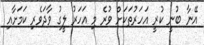
އޭނާ ބުނީ ކުރީ އަހަރުތަކަށް ވުރެ މި އަހަރު ލީގު ވާދަވެރި ކަމަށާއި